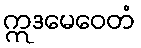
ဣဒမေဝေတံ